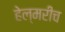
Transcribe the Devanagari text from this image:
हेल्मरीच